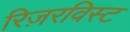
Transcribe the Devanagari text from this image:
रिज़रविस्ट